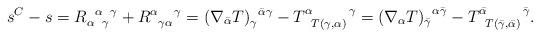
LaTeX: \begin{align*}s^C-s=R_{\alpha\enskip\gamma}^{\enskip\alpha\enskip\gamma} + R^{\alpha\quad\gamma}_{\enskip\gamma\alpha} &= (\nabla_{\bar\alpha} T)_\gamma^{\enskip\bar\alpha\gamma} - T^{\alpha\qquad\;\gamma}_{\enskip T(\gamma,\alpha)}= (\nabla_\alpha T)_{\bar\gamma}^{\enskip\alpha\bar\gamma} - T^{\bar\alpha\qquad\;\bar\gamma}_{\enskip T(\bar\gamma,\bar\alpha)}.\end{align*}